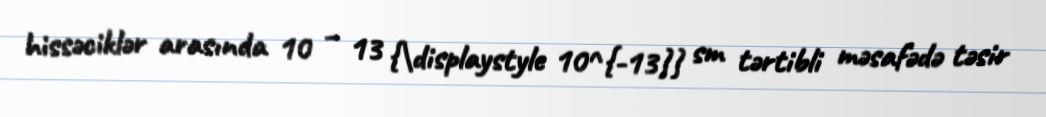
hissəciklər arasında 10 − 13 {\displaystyle 10^{-13}} sm tərtibli məsafədə təsir